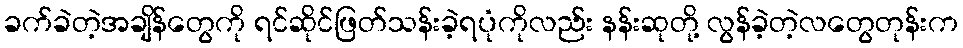
ခက်ခဲတဲ့အချိန်တွေကို ရင်ဆိုင်ဖြတ်သန်းခဲ့ရပုံကိုလည်း နန်းဆုတို့ လွန်ခဲ့တဲ့လတွေတုန်းက